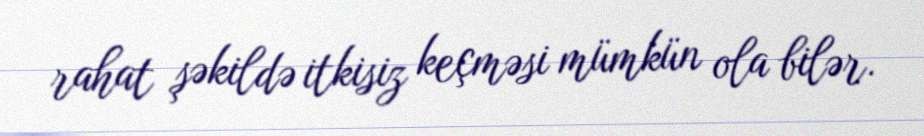
rahat şəkildə itkisiz keçməsi mümkün ola bilər.